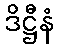
ဒိဋ္ဌီနံ